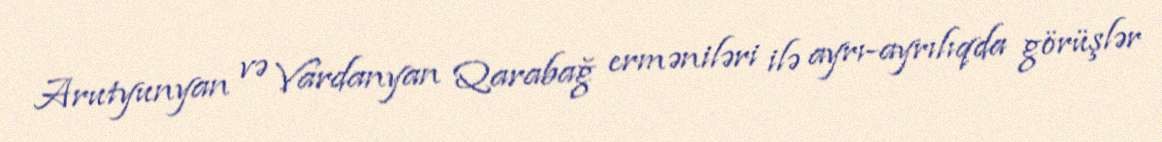
Arutyunyan və Vardanyan Qarabağ erməniləri ilə ayrı-ayrılıqda görüşlər